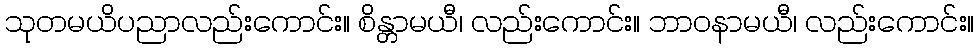
သုတမယိပညာလည်းကောင်း။ စိန္တာမယီ၊ လည်းကောင်း။ ဘာဝနာမယီ၊ လည်းကောင်း။